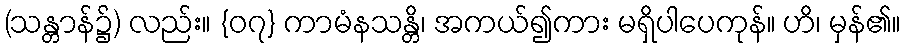
(သန္တာန်၌) လည်း။ {၀၇} ကာမံနသန္တိ၊ အကယ်၍ကား မရှိပါပေကုန်။ ဟိ၊ မှန်၏။